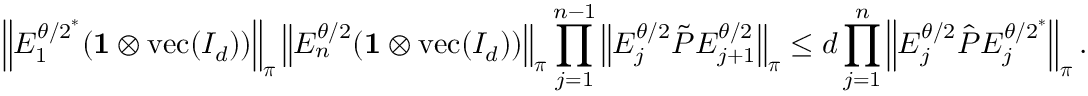
\left\lVert E _ { 1 } ^ { { \theta / 2 } ^ { * } } ( \mathbf { 1 } \otimes \operatorname { v e c } ( I _ { d } ) ) \right\rVert _ { \boldsymbol \pi } \left\lVert E _ { n } ^ { \theta / 2 } ( \mathbf { 1 } \otimes \operatorname { v e c } ( I _ { d } ) ) \right\rVert _ { \boldsymbol \pi } \prod _ { j = 1 } ^ { n - 1 } \left\lVert E _ { j } ^ { \theta / 2 } \tilde { P } E _ { j + 1 } ^ { \theta / 2 } \right\rVert _ { \boldsymbol \pi } \leq d \prod _ { j = 1 } ^ { n } \left\lVert E _ { j } ^ { \theta / 2 } \hat { P } E _ { j } ^ { { \theta / 2 } ^ { * } } \right\rVert _ { \boldsymbol \pi } .